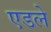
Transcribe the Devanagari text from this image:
एडले